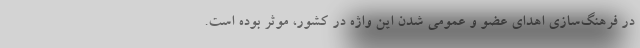
در فرهنگ‌سازی اهدای عضو و عمومی شدن این واژه در کشور، موثر بوده است.